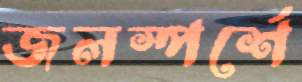
জলস্পর্শে